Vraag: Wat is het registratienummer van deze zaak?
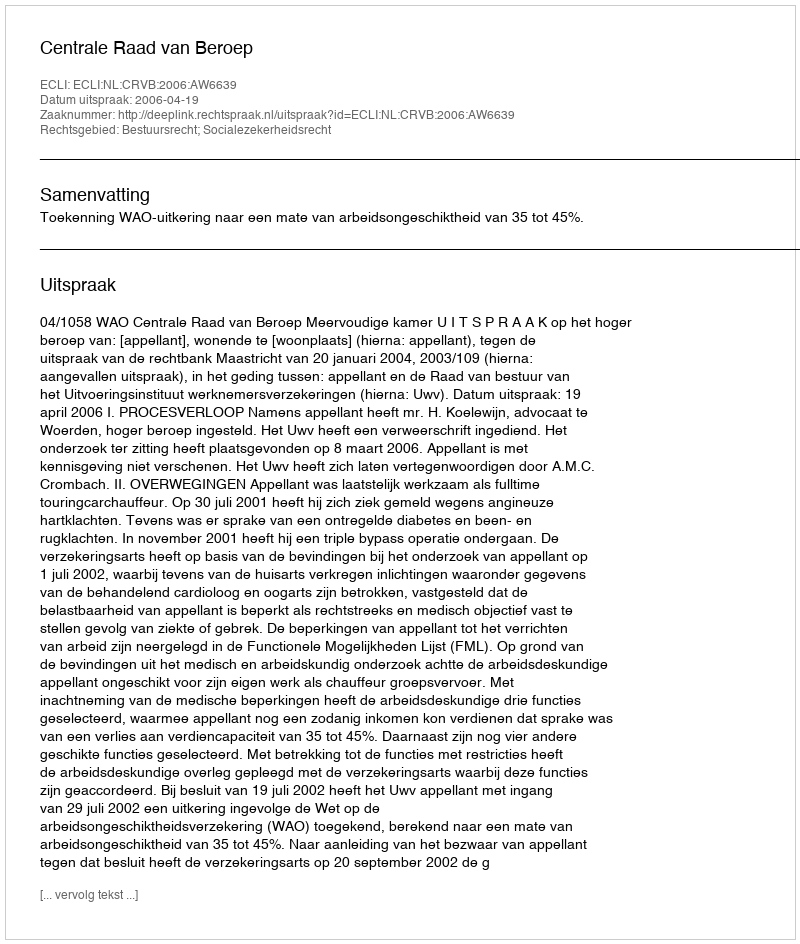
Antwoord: http://deeplink.rechtspraak.nl/uitspraak?id=ECLI:NL:CRVB:2006:AW6639